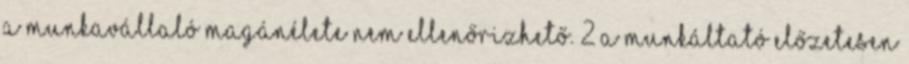
A munkavállaló magánélete nem ellenőrizhető. 2 A munkáltató előzetesen